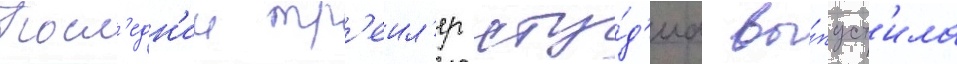
Посл'едн'ии тр'еил'ер сту́д'иа вы́пуст'ила